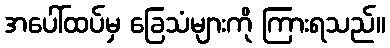
အပေါ်ထပ်မှ ခြေသံများကို ကြားရသည်။